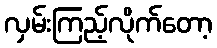
လှမ်းကြည့်လိုက်တော့